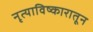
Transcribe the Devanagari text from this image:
नृत्याविष्कारातून